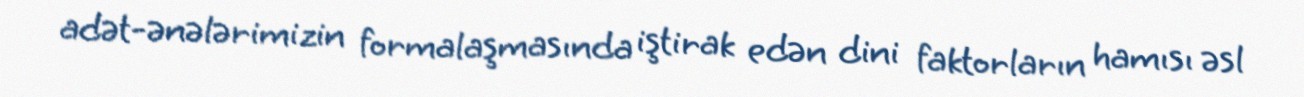
adət-ənələrimizin formalaşmasında iştirak edən dini faktorların hamısı əsl